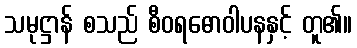
သမုဋ္ဌာန် စသည် စီဝရဓောဝါပနနှင့် တူ၏။